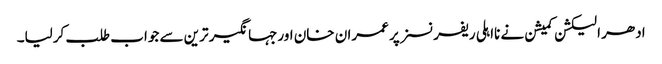
ادھر الیکشن کمیشن نے نااہلی ریفرنسز پر عمران خان اورجہانگیر ترین سے جواب طلب کرلیا۔